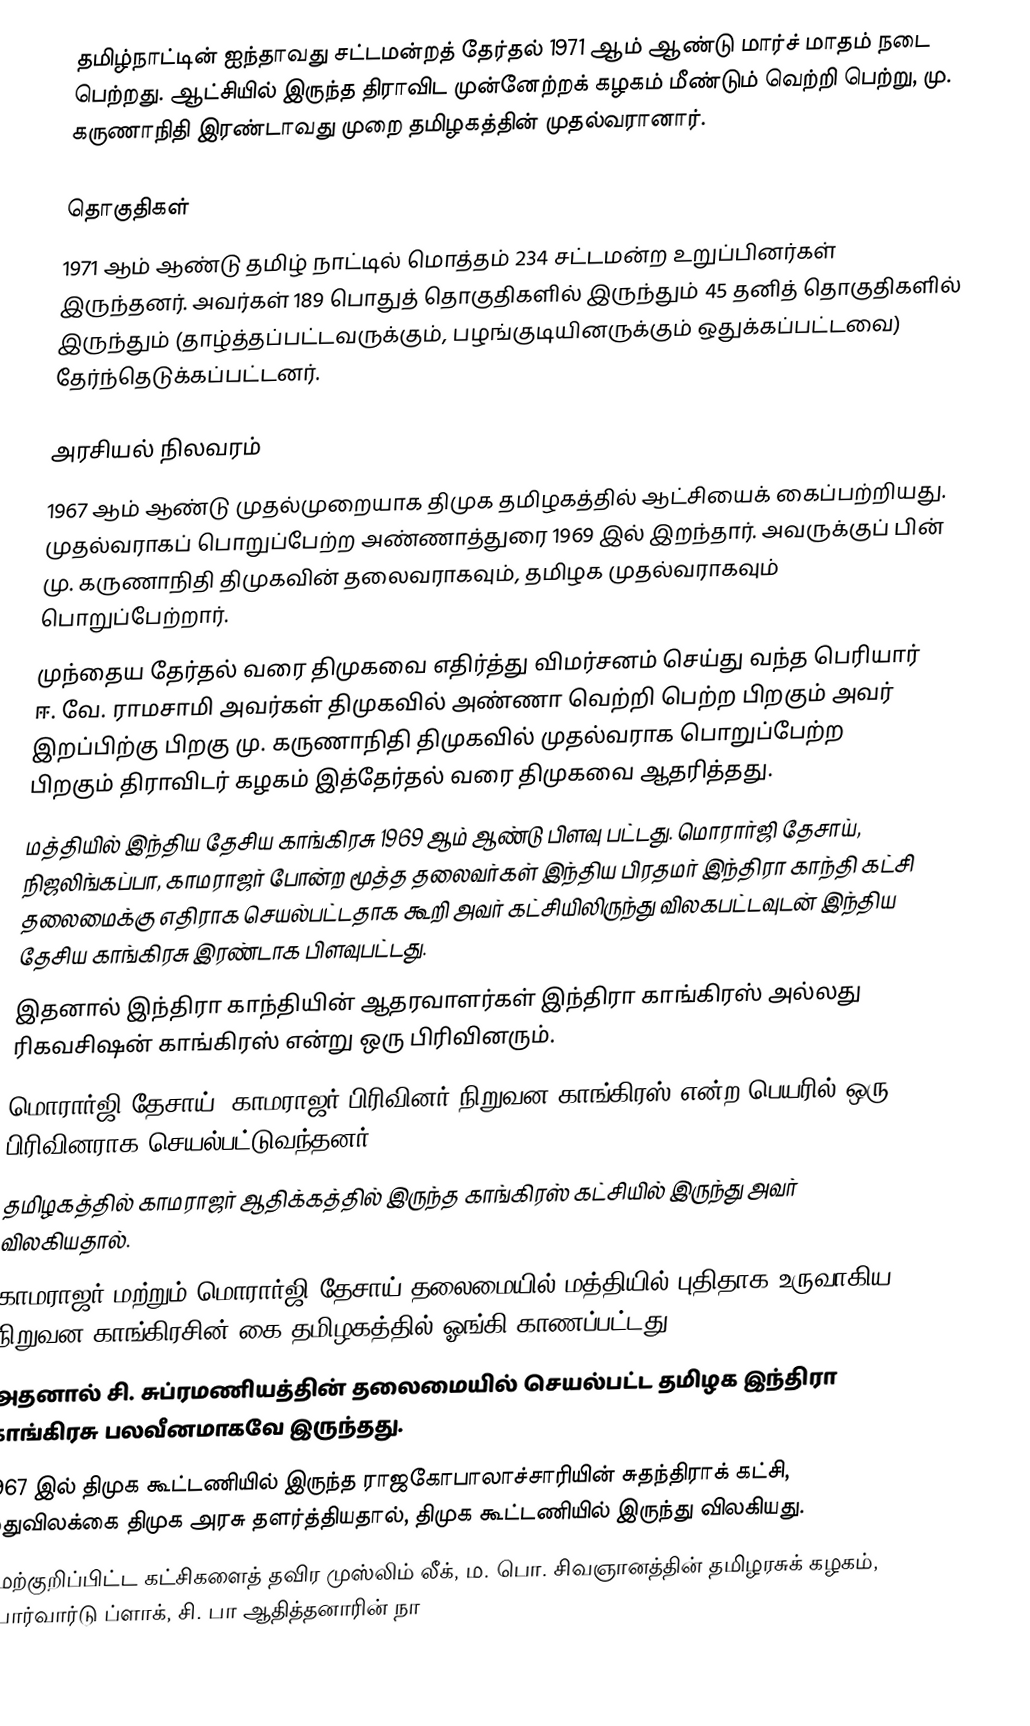
தமிழ்நாட்டின் ஐந்தாவது சட்டமன்றத் தேர்தல் 1971 ஆம் ஆண்டு மார்ச் மாதம் நடை பெற்றது. ஆட்சியில் இருந்த திராவிட முன்னேற்றக் கழகம் மீண்டும் வெற்றி பெற்று, மு. கருணாநிதி இரண்டாவது முறை தமிழகத்தின் முதல்வரானார்.

தொகுதிகள்
1971 ஆம் ஆண்டு தமிழ் நாட்டில் மொத்தம் 234 சட்டமன்ற உறுப்பினர்கள் இருந்தனர். அவர்கள் 189  பொதுத் தொகுதிகளில் இருந்தும் 45 தனித் தொகுதிகளில் இருந்தும் (தாழ்த்தப்பட்டவருக்கும், பழங்குடியினருக்கும் ஒதுக்கப்பட்டவை) தேர்ந்தெடுக்கப்பட்டனர்.

அரசியல் நிலவரம்
 1967 ஆம் ஆண்டு முதல்முறையாக திமுக தமிழகத்தில் ஆட்சியைக் கைப்பற்றியது. முதல்வராகப் பொறுப்பேற்ற அண்ணாத்துரை 1969 இல் இறந்தார். அவருக்குப் பின் மு. கருணாநிதி திமுகவின் தலைவராகவும், தமிழக முதல்வராகவும் பொறுப்பேற்றார்.
 முந்தைய தேர்தல் வரை திமுகவை எதிர்த்து விமர்சனம் செய்து வந்த பெரியார் ஈ. வே. ராமசாமி அவர்கள் திமுகவில் அண்ணா வெற்றி பெற்ற பிறகும் அவர் இறப்பிற்கு பிறகு மு. கருணாநிதி திமுகவில் முதல்வராக பொறுப்பேற்ற பிறகும் திராவிடர் கழகம் இத்தேர்தல் வரை திமுகவை ஆதரித்தது.
 மத்தியில் இந்திய தேசிய காங்கிரசு 1969 ஆம் ஆண்டு பிளவு பட்டது. மொரார்ஜி தேசாய், நிஜலிங்கப்பா, காமராஜர் போன்ற மூத்த தலைவர்கள் இந்திய பிரதமர் இந்திரா காந்தி கட்சி தலைமைக்கு எதிராக செயல்பட்டதாக கூறி அவர் கட்சியிலிருந்து விலகபட்டவுடன் இந்திய தேசிய காங்கிரசு இரண்டாக பிளவுபட்டது.
 இதனால் இந்திரா காந்தியின் ஆதரவாளர்கள் இந்திரா காங்கிரஸ் அல்லது ரிகவசிஷன் காங்கிரஸ் என்று ஒரு பிரிவினரும்.
 மொரார்ஜி தேசாய், காமராஜர் பிரிவினர் நிறுவன காங்கிரஸ் என்ற பெயரில் ஒரு பிரிவினராக செயல்பட்டுவந்தனர்.
 தமிழகத்தில் காமராஜர் ஆதிக்கத்தில் இருந்த காங்கிரஸ் கட்சியில் இருந்து அவர் விலகியதால்.
 காமராஜர் மற்றும் மொரார்ஜி தேசாய் தலைமையில் மத்தியில் புதிதாக உருவாகிய நிறுவன காங்கிரசின் கை தமிழகத்தில் ஓங்கி காணப்பட்டது.
 அதனால் சி. சுப்ரமணியத்தின் தலைமையில் செயல்பட்ட தமிழக இந்திரா காங்கிரசு பலவீனமாகவே இருந்தது.
 1967 இல் திமுக கூட்டணியில் இருந்த ராஜகோபாலாச்சாரியின் சுதந்திராக் கட்சி, மதுவிலக்கை திமுக அரசு தளர்த்தியதால், திமுக கூட்டணியில் இருந்து விலகியது.
 மேற்குறிப்பிட்ட கட்சிகளைத் தவிர முஸ்லிம் லீக், ம. பொ. சிவஞானத்தின் தமிழரசுக் கழகம், ஃபார்வார்டு ப்ளாக், சி. பா ஆதித்தனாரின் நா